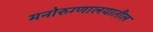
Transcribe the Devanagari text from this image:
मनोरुग्णालयातील